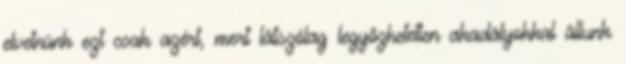
elvetnünk ezt csak azért, mert látszólag legyőzhetetlen akadályokkal állunk